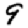
Digit: 9